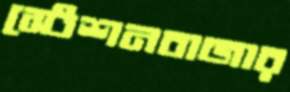
স্টেশনবাজার